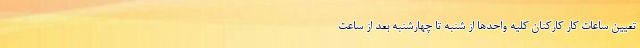
تعیین ساعات کار کارکنان کلیه واحدها از شنبه تا چهارشنبه بعد از ساعت